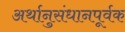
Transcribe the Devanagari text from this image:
अर्थानुसंधानपूर्वक